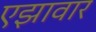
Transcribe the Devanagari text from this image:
एझावार